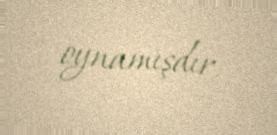
oynamışdır.